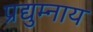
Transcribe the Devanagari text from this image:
प्रद्युम्नाय